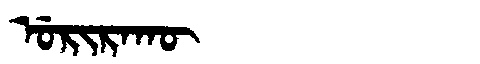
Manchu: ᡠᡵᡳᡵᠠᡴᡡ
Romanization: URIRAKŪ